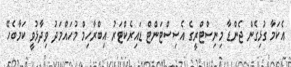
އެކަމާ ގުޅިގެން ޖެންޑާ މިނިސްޓްރީގެ އެސިސްޓަންޓް ޑައިރެކްޓަރު އިބްރާހިމް މުހައްމަދު ވިދާޅުވީ ކަމާބެހޭ